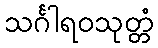
သင်္ဂါရဝသုတ္တံ